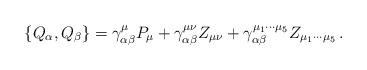
LaTeX: \begin{align*}\left\{ Q_{\alpha },Q_{\beta }\right\} =\gamma _{\alpha \beta }^{\mu }P_{\mu}+\gamma _{\alpha \beta }^{\mu \nu }Z_{\mu \nu }+\gamma _{\alpha \beta}^{\mu _{1}\cdots \mu _{5}}Z_{\mu _{1}\cdots \mu _{5}}\,. \end{align*}